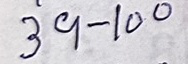
39 - 100